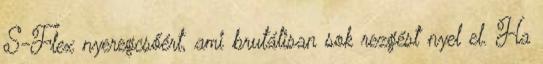
S-Flex nyeregcsőért, ami brutálisan sok rezgést nyel el. Ha